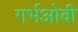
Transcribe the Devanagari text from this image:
गर्भओवी